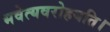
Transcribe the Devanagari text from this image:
भवेत्यवरोहयति।